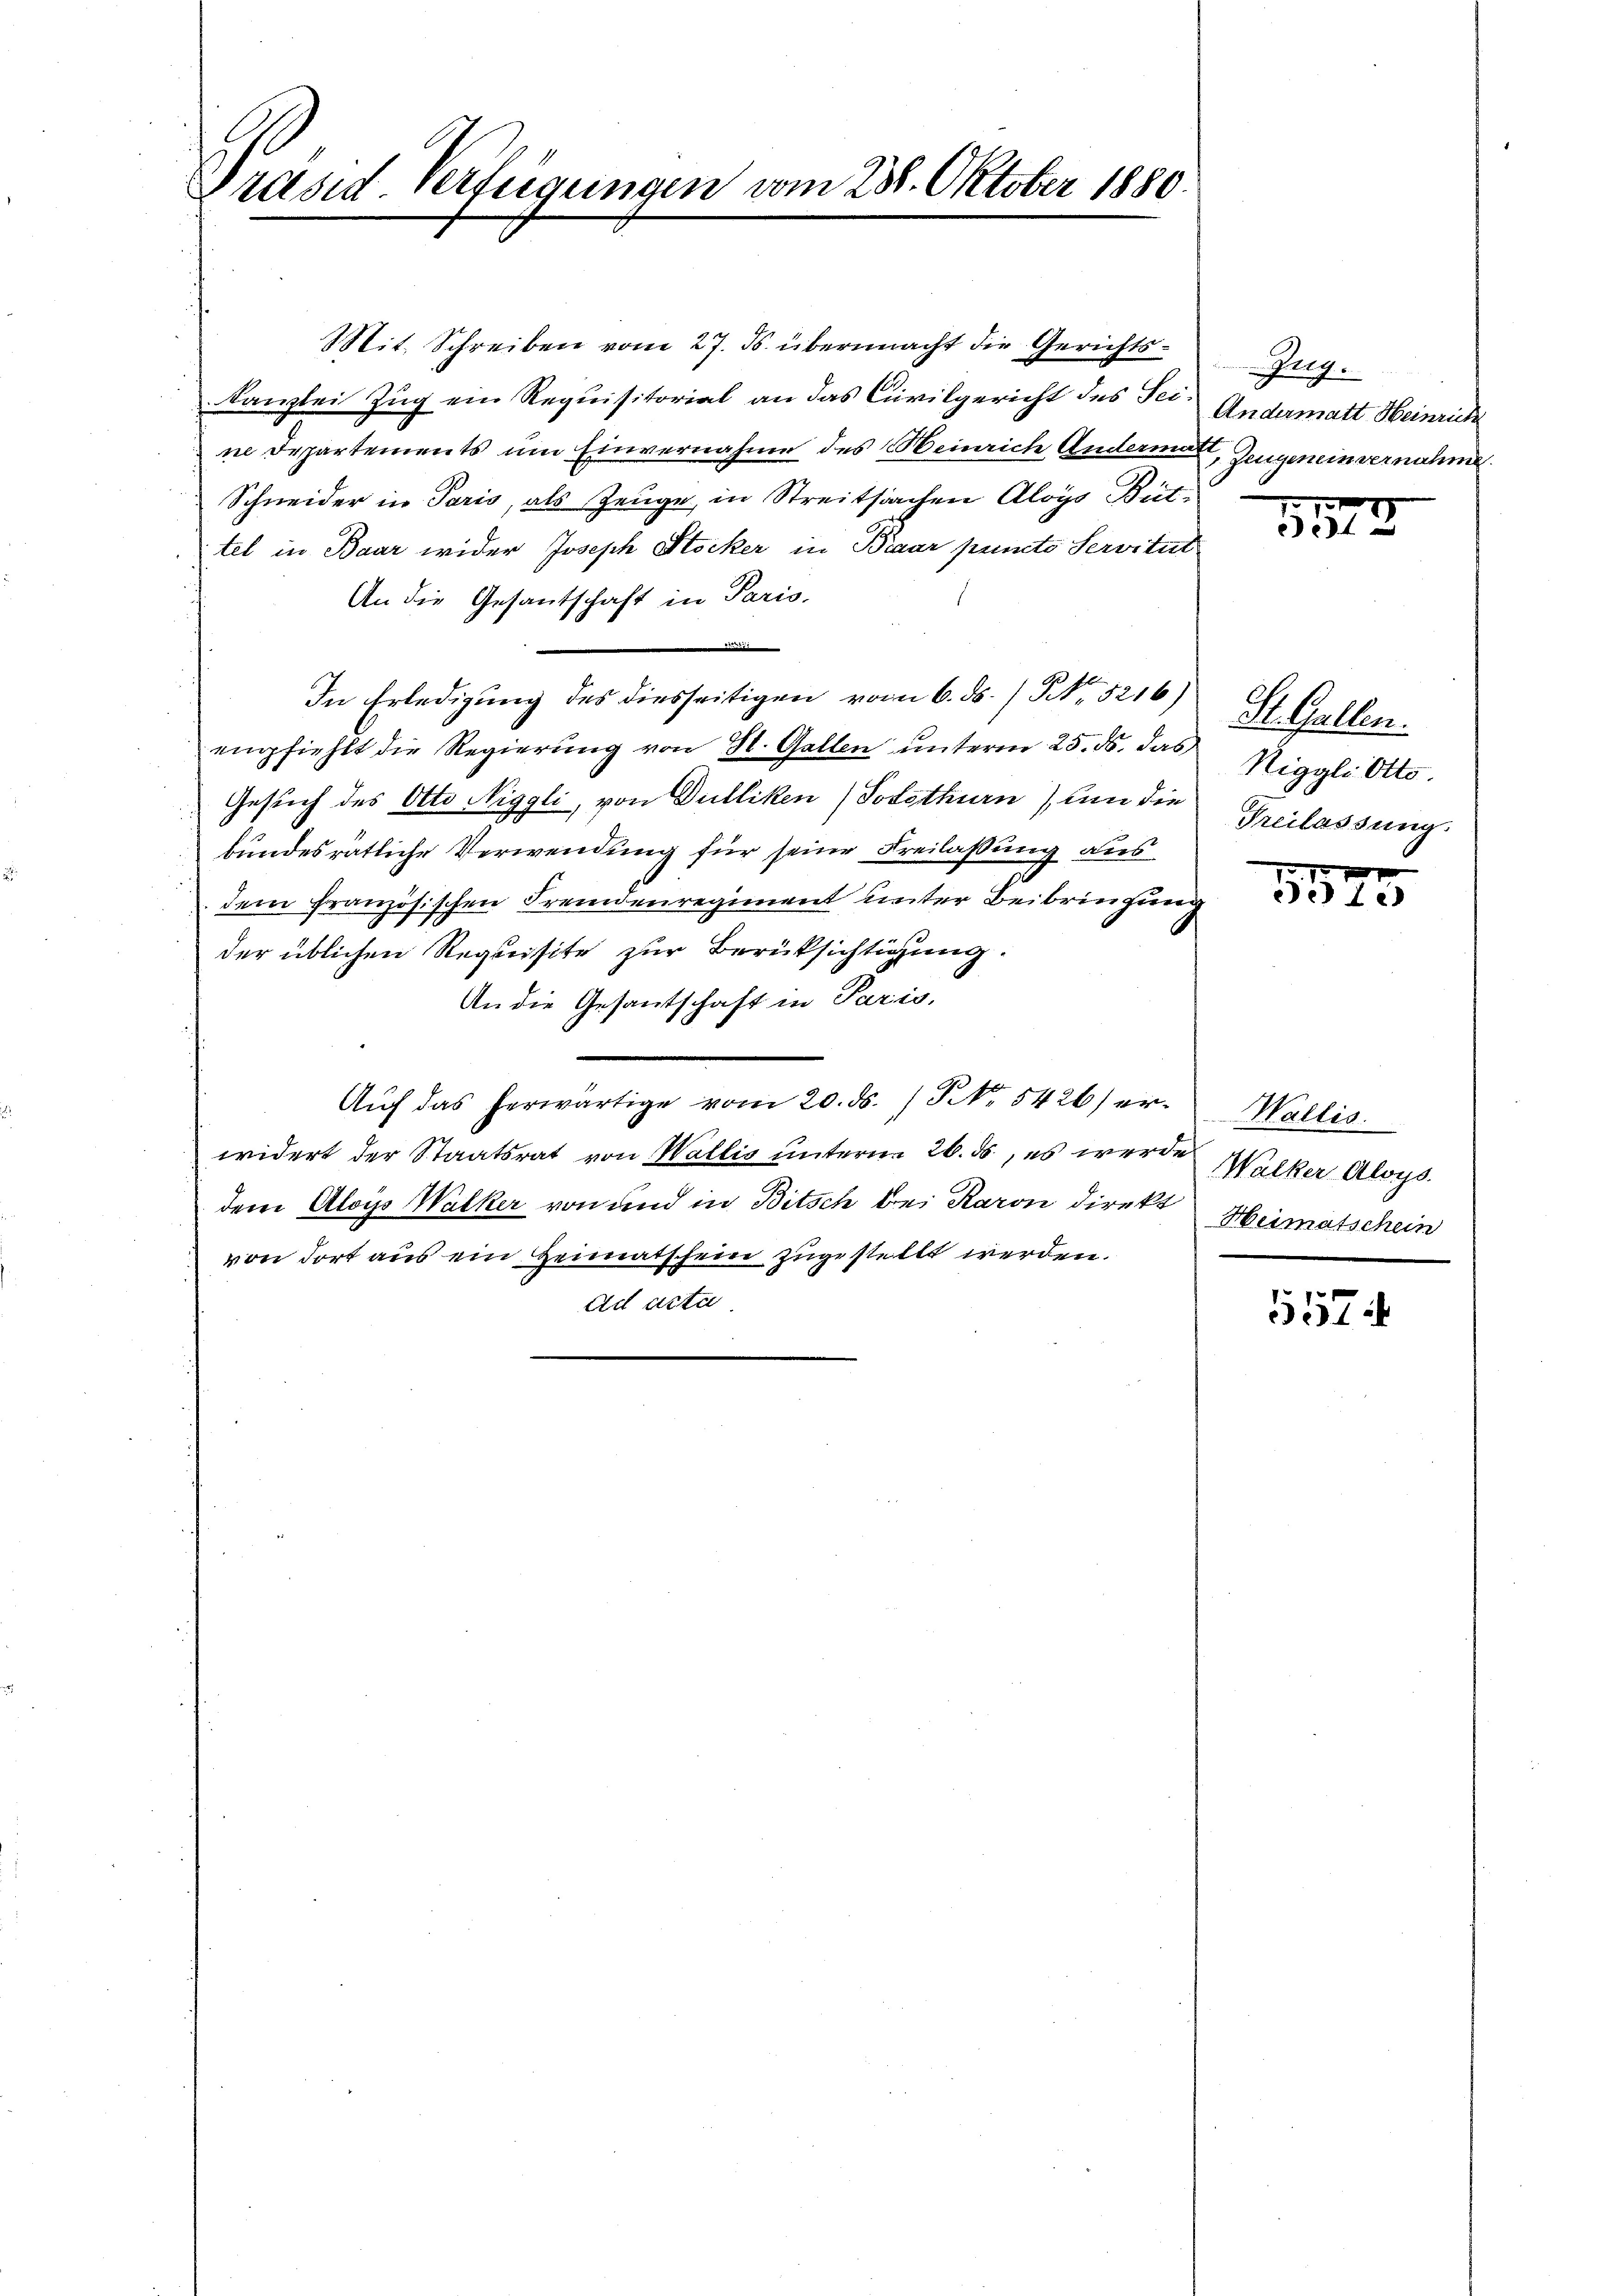
Präsid. Verfügungen vom 238. Oktober 1880.

Mit. Schreiben vom 27. ds. übermacht die Gerichts¬
Kanzlei Zug ein Requisitorial an das Civilgericht des Seine Departements um Einvernahme des Heinrich Andermann, Zeugenein vernahme.
Schneider in Paris, als Zeuge, in Streitsachen Aloys Büt
tel in Baar wider Joseph Stocker in Braar puncto Servitut
An die Gesantschaft in Paris,
In Erledigung des diesseitigen vom 6. ds. / NNo. 5216)
empfiehlt die Regierung von St. Gallen unterm 25. ds. das
Gesuch des Otto Niggli, von Dulliken (Solothurn nun die
bundesrätliche Verwendung für seine Freilassung aus
dem französischen Fremdenregiment unter Beibringung
der üblichen Requisite zur Berüksichtigung.
An die Gesandtschaft in Paris,
¬
Auf das herwärtige vom 20. ds. / NNo. 5426) erwidert der Staatsrat von Wallis unterm 26. ds., es werden Walker Aloys
dem Aloys Walker von und in Bitsch bei Raron direkt Heimatschein
von dort aus ein Heimatschein zugestellt werden.
Ad actu

Zug.
Andermatt Heinrich

1
313

St. Gallen.
Riggli Otto.
Freilassung.

20 f 0 x
e Le

Wallis.

157